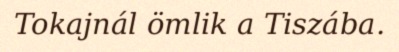
Tokajnál ömlik a Tiszába.